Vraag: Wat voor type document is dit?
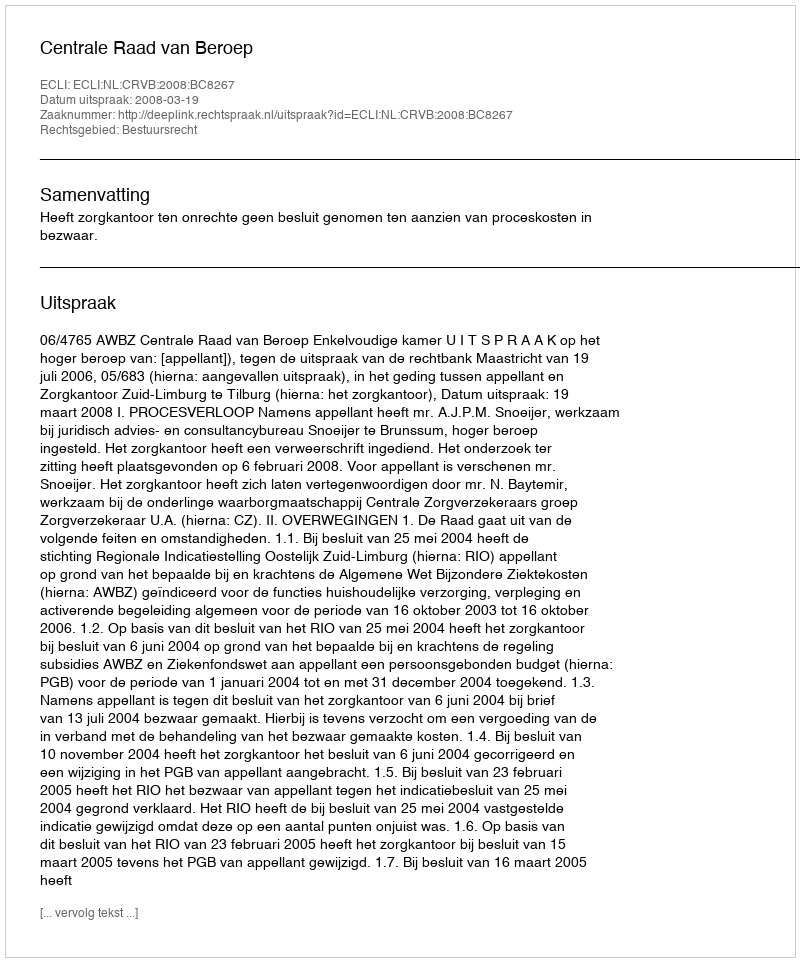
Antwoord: Uitspraak